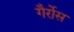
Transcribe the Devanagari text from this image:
गैर्रोस